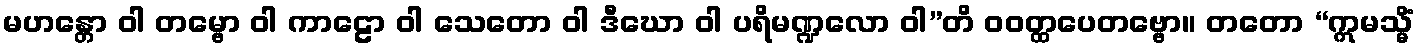
မဟန္တော ဝါ တမ္ဗော ဝါ ကာဠော ဝါ သေတော ဝါ ဒီဃော ဝါ ပရိမဏ္ဍလော ဝါ”တိ ဝဝတ္ထပေတဗ္ဗော။ တတော “ဣမသ္မိံ